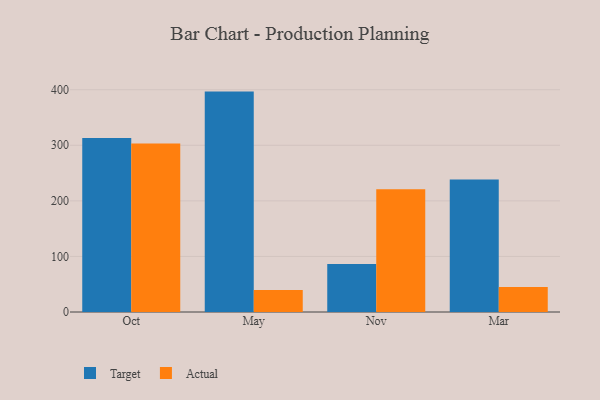
{"axis": {"x": "Month", "y": "Production Output"}, "legend": ["Actual", "Target"], "data": [{"x": "Oct", "y": 313.3, "type": "Target"}, {"x": "Oct", "y": 303.0, "type": "Actual"}, {"x": "May", "y": 396.6, "type": "Target"}, {"x": "May", "y": 39.8, "type": "Actual"}, {"x": "Nov", "y": 86.5, "type": "Target"}, {"x": "Nov", "y": 220.7, "type": "Actual"}, {"x": "Mar", "y": 238.5, "type": "Target"}, {"x": "Mar", "y": 45.0, "type": "Actual"}]}